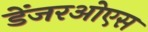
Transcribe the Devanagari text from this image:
डेंजरओएस